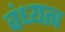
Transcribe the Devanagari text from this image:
वंध्यत्व